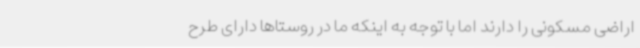
اراضی مسکونی را دارند اما با توجه به اینکه ما در روستاها دارای طرح